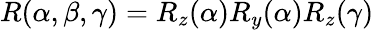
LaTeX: R(\alpha,\beta,\gamma)=R_{z}(\alpha)R_{y}(\alpha)R_{z}(\gamma)